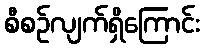
စီစဉ်လျက်ရှိကြောင်း